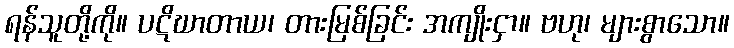
ရန်သူတို့ကို။ ပဋိဃာတာယ၊ တားမြစ်ခြင်း အကျိုးငှာ။ ဗဟု၊ များစွာသော။